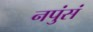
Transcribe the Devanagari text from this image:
नपुंसं